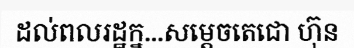
ដល់ពលរដ្ឋក្ន...សម្តេចតេជោ ហ៊ុន